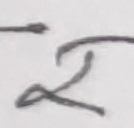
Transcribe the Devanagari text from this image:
२